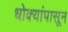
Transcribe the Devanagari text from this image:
धोक्यांपासून